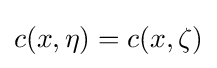
c(x,\eta )=c(x,\zeta )